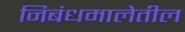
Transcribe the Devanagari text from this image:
निबंधमालेतील